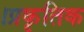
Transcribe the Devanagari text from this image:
।प्रकृतिक